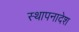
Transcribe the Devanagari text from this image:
स्थापनादेश